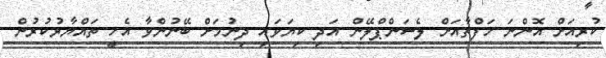
ކުރިއަށް އޮންނަ ހަފްތާއަށް ލެސަންޕްލޭން އަދި ކިޔަވައި ދިނުމަށް ބޭނުންވާ އެހީ ތައްޔާރުކުރުން